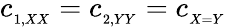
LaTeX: c_{_{1,XX}}=c_{_{2,YY}}=c_{_{X=Y}}